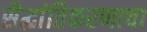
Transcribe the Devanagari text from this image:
सैद्धांतिकरणाचा